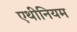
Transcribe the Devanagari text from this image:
एथीनियम